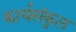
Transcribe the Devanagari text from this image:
कार्यसंकुल